Notes on vaccination in the North-West Frontier Province 1923-1928 - 1923-1928
Year: 1923
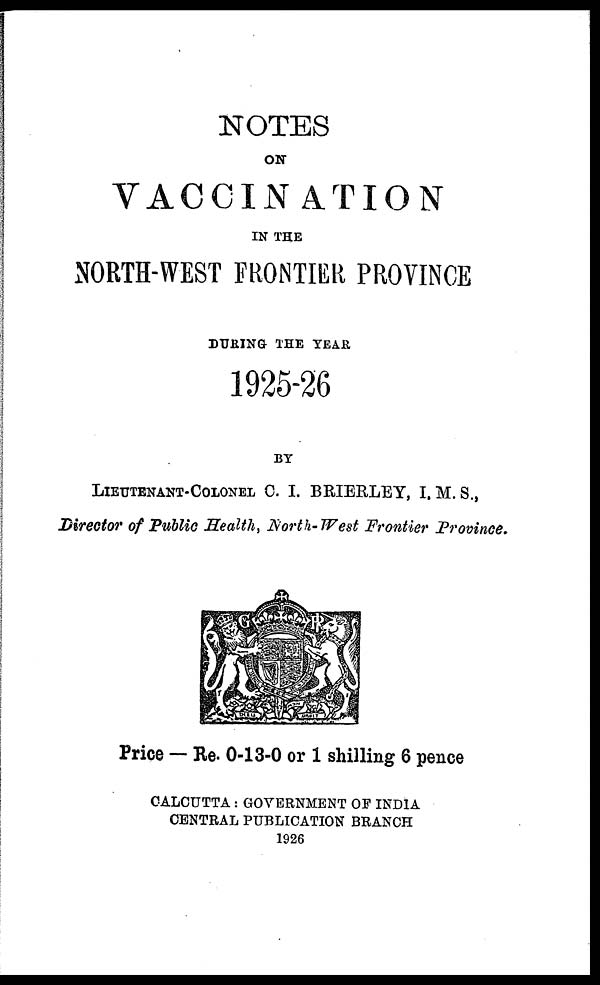
NOTES
ON
VACCINATION
IN THE
NORTH-WEST FRONTIER PROVINCE
DURING THE YEAR
1925-26
BY
LIEUTENANT-COLONEL C. I. BRIERLEY, I.M.S.,
Director of Public Health, North-West Frontier Province.
Price — Re. 0-13-0 or 1 shilling 6 pence
CALCUTTA : GOVERNMENT OF INDIA
CENTRAL PUBLICATION BRANCH
1926